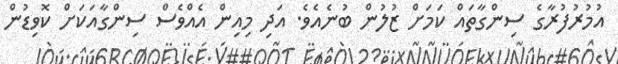
އުމުރުފުރާގެ ސިންގާތައް ކަމަށް ޒުލުން ބުނެއެވެ. އަދި މިއިން އެއްވެސް ސިންގާއަކަށް ކޮވިޑުން